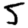
Digit: 5